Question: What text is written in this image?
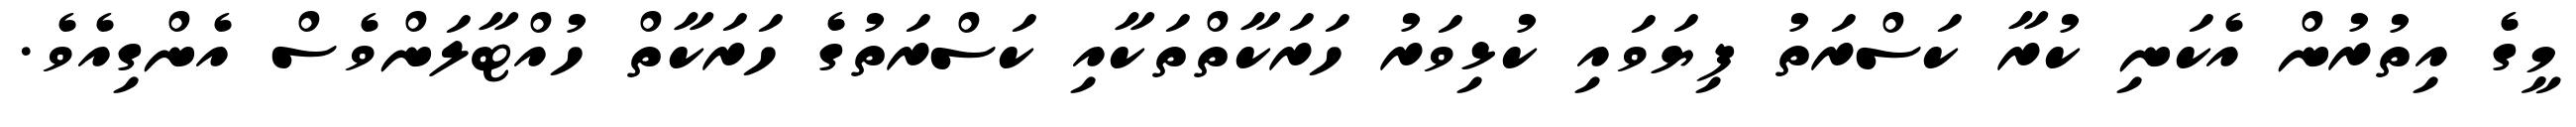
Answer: މީގެ އިތުރުން އެކަނި ކުރާ ކަސްރަތު ފިޔަވައި ކުޅިވަރު ހަރަކާތްތަކާއި ކަސްރަތުގެ ހަރަކާތް ހުއްޓާލަންވެސް އެންގިއެވެ.